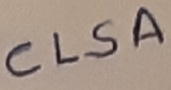
Text: CLSA